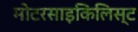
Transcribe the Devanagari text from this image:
मोटरसाइकिलिस्ट